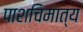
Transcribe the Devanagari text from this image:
पाशचिमात्य